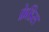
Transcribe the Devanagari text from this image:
फ्रेडिस